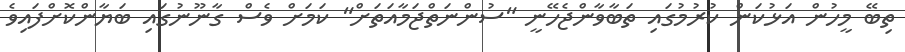
ތިބޭ މީހުން އަޅުކަން ކުރުމުގައި ތަބާވާންޖެހޭނީ "ސުންނަތްޖަމާއަތަށް" ކަމަށް ވެސް ގާނޫނުގައި ބަޔާންކޮށްފައިވެ